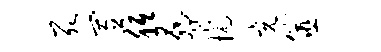
死置胝胁抗充筮